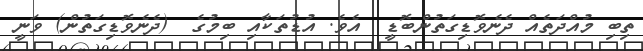
ތިބި މުއްދަތެއް ދެނެވޮޑިގަތުންބޮޑީ  އެވެ. އުޑުތަކާއި ބިމުގެ  (ދެނެވޮޑިގަތުން) ވަނީ